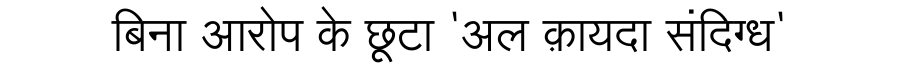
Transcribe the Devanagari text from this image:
बिना आरोप के छूटा 'अल क़ायदा संदिग्ध'